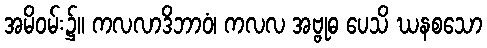
အမိဝမ်း၌။ ကလလာဒိဘာဝံ၊ ကလလ အဗ္ဗုဓ ပေသိ ဃနစသော